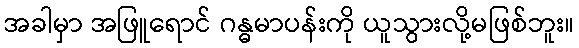
အခါမှာ အဖြူရောင် ဂန္ဓမာပန်းကို ယူသွားလို့မဖြစ်ဘူး။